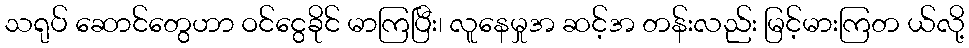
သရုပ် ဆောင်တွေဟာ ဝင်ငွေခိုင် မာကြပြီး၊ လူနေမှုအ ဆင့်အ တန်းလည်း မြင့်မားကြတ ယ်လို့